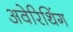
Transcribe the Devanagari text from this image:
अवेरिथिंग